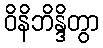
ဝိနိဘိန္ဒိတွာ